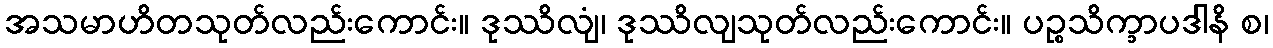
အသမာဟိတသုတ်လည်းကောင်း။ ဒုဿိလျံ၊ ဒုဿိလျသုတ်လည်းကောင်း။ ပဉ္စသိက္ခာပဒါနိ စ၊